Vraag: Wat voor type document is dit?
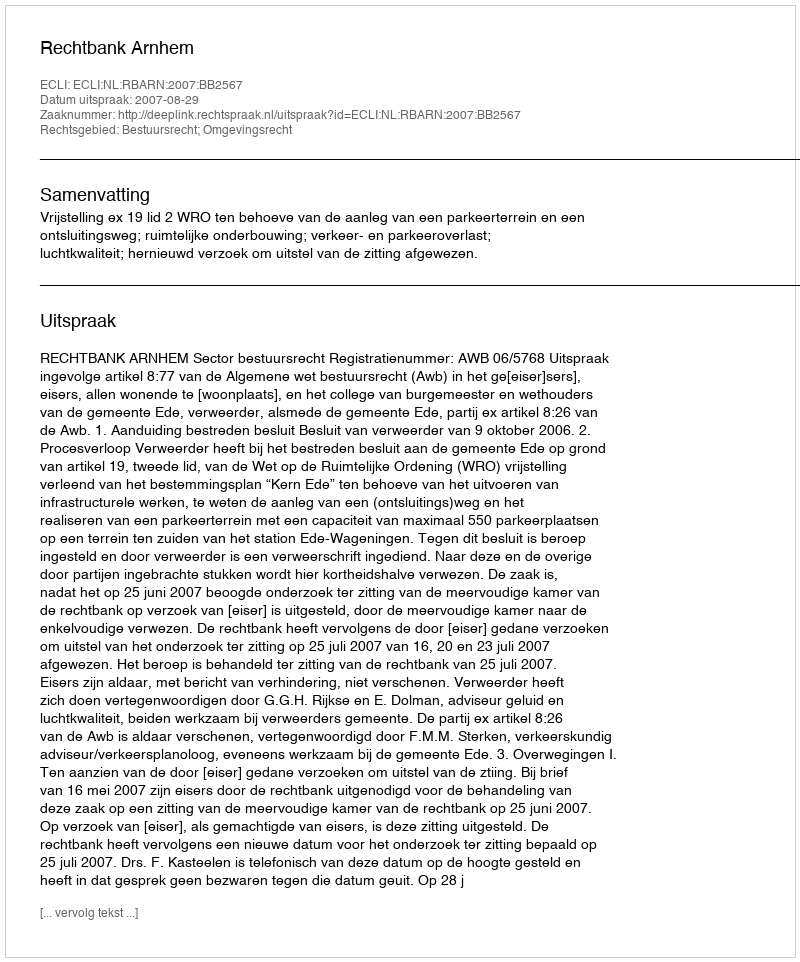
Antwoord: Uitspraak